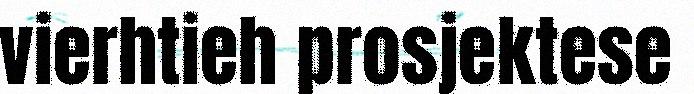
vierhtieh prosjektese